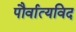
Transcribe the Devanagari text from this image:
पौर्वात्यविद